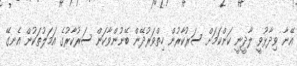
އޭނާ ވިދާޅުވީ ލާދީނީ ކަންކަމަށް ސަރުކާރުން ހިތްވަރުދޭން ބޭނުންވާކަން ސަރުކާރުގެ އަމަލުތަކުން އެނގޭ